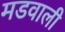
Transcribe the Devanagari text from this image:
मडवाली